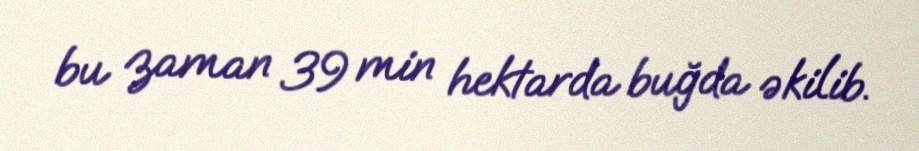
bu zaman 39 min hektarda buğda əkilib.